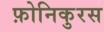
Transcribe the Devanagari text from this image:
फ़ोनिकुरस